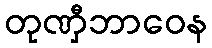
တုဏှီဘာဝေန